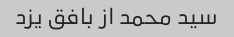
سید محمد از بافق یزد